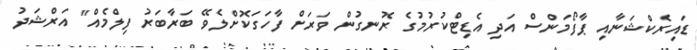
ޑައިރެކްޝަނާއި ޕާފޯމަންސް އަދި އެޑިޓްކުރުމުގެ ރޮނގުން ވަރަށް ފާހަގަކޮށްލެވޭ ބަރާބަރު ފިލްމެއް" އަރްޝަދު